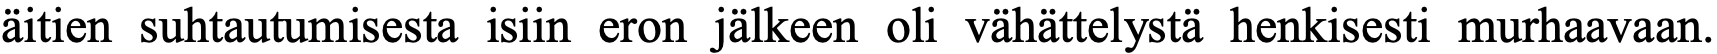
äitien suhtautumisesta isiin eron jälkeen oli vähättelystä henkisesti murhaavaan.